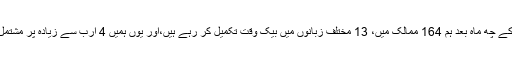
گینڈلمان نے کہا کہ “بنانے کے چھ ماہ بعد ہم 164 ممالک میں، 13 مختلف زبانوں میں بیک وقت تکمیل کر رہے ہیں،اور یوں ہمیں 4 ارب سے زیادہ پر مشتمل ممکنہ حاضرین ملیں گے”۔